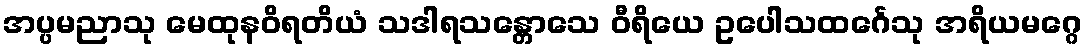
အပ္ပမညာသု မေထုနဝိရတိယံ သဒါရသန္တောသေ ဝီရိယေ ဥပေါသထင်္ဂေသု အရိယမဂ္ဂေ